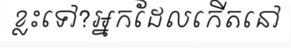
ខ្លះទៅ?អ្នកដែលកើតនៅ